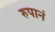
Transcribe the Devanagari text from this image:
रुपानं